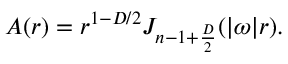
A ( r ) = r ^ { 1 - D / 2 } J _ { n - 1 + { \frac { D } { 2 } } } ( | \omega | r ) .